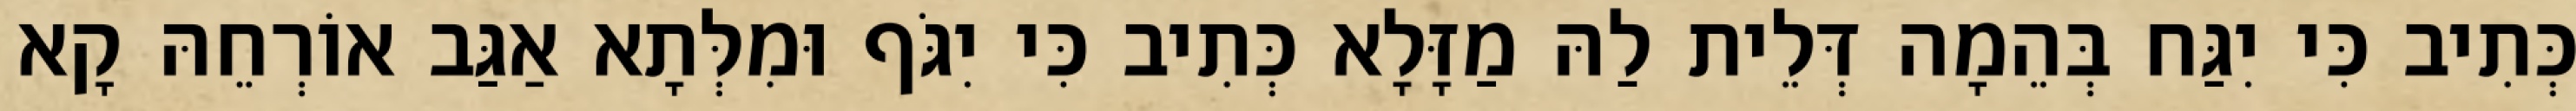
כְּתִיב כִּי יִגַּח בְּהֵמָה דְּלֵית לַהּ מַזָּלָא כְּתִיב כִּי יִגֹּף וּמִלְּתָא אַגַּב אוֹרְחֵהּ קָא